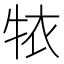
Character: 𱭮